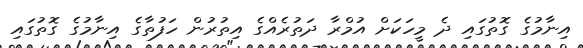
އިނާމުގެ ގޮތުގައި ދެ މީހަކަށް އުމްރާ ދަތުރެއްގެ އިތުރުން ހަފުތާގެ އިނާމުގެ ގޮތުގައި